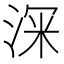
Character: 𭰹